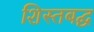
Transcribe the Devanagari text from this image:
शिस्तबद्घ